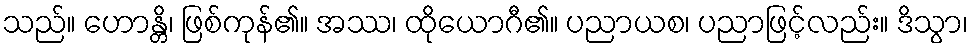
သည်။ ဟောန္တိ၊ ဖြစ်ကုန်၏။ အဿ၊ ထိုယောဂီ၏။ ပညာယစ၊ ပညာဖြင့်လည်း။ ဒိသွာ၊